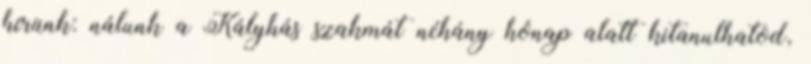
hírünk: nálunk a Kályhás szakmát néhány hónap alatt kitanulhatod,